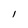
Character: l